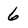
Character: 6